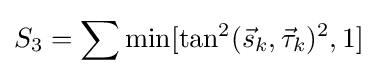
S_{3}=\sum \min[\tan ^{2}({\vec {s}}_{k},{\vec {\tau }}_{k})^{2},1]